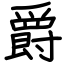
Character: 爵